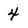
Character: 4